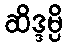
ဆိဒ္ဒမ္ပိ